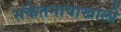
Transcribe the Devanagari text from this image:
संकेतनावाखाली